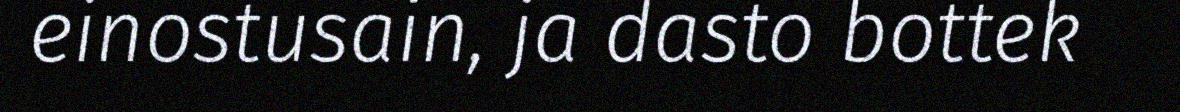
einostusain, ja dasto bottek